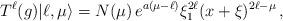
LaTeX: \begin{align*} T^\ell(g)|\ell,\mu\rangle = N(\mu)\, e^{a(\mu-\ell)} \xi_1^{2\ell} (x+\xi)^{2\ell-\mu}\,,\end{align*}